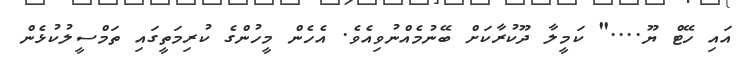
އައި ހޭޓް ޔޫ...." ކަމީލާ ދޫކުރާކަށް ބޭނުމެއްނުވިއެވެ. އެހެން މީހުންގެ ކުރިމަތީގައި ތަމްސީލުކުޅެން